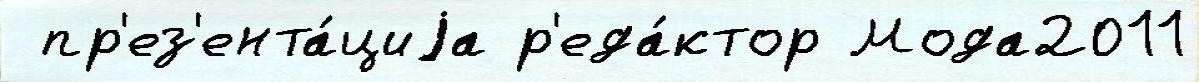
 пр'ез'ента́циjа р'еда́ктор Мода2011